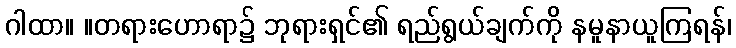
ဂါထာ။ ။တရားဟောရာ၌ ဘုရားရှင်၏ ရည်ရွယ်ချက်ကို နမူနာယူကြရန်၊